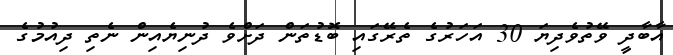
އާބާދީ ވޭތުވެދިޔަ 30 އަހަރުގެ ތެރޭގައި ބޮޑުތަން ދަށްވެ ދުނިޔެއިން ނެތި ދިއުމުގެ